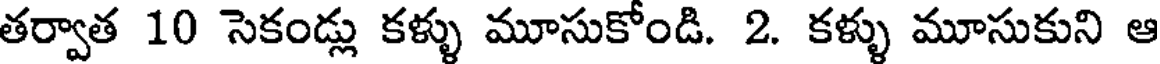
తర్వాత 10 సెకండ్లు కళ్ళు మూసుకోండి. 2. కళ్ళు మూసుకుని ఆ